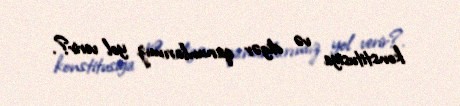
konstitusiya və digər qanunlarımız yol verir?.